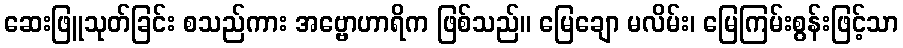
ဆေးဖြူသုတ်ခြင်း စသည်ကား အဗ္ဗောဟာရိက ဖြစ်သည်။ မြေချော မလိမ်း၊ မြေကြမ်းစွန်းဖြင့်သာ